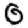
Digit: 0